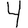
Digit: 4